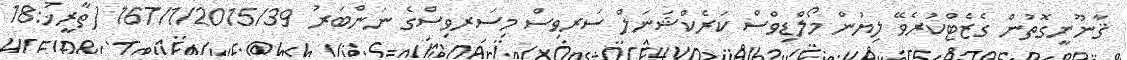
ޤާނޫނީގޮތުން ގެޒެޓްކުރެވޭ ލިޔުން މޯލްޑިވްސް ކަރެކްޝަނަލް ސަރވިސް މިސަރވިސްގެ ނަންބަރު 167/1/2015/39 (ތާރީޚު:18